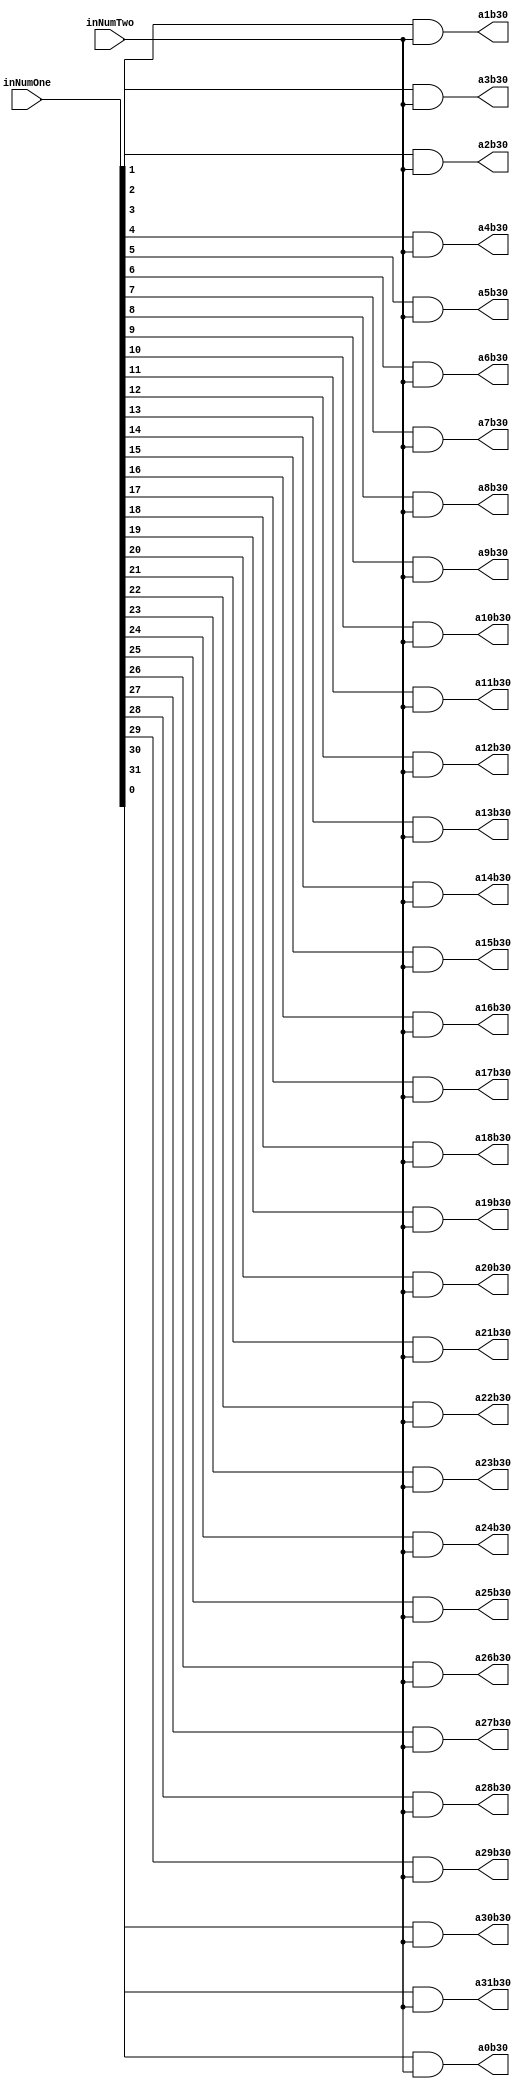
`timescale 1ns / 1ps

module PartialProductRow30(inNumOne,inNumTwo,a0b30,a1b30,a2b30,a3b30,a4b30,a5b30,a6b30,a7b30,a8b30,a9b30,a10b30,a11b30,a12b30,a13b30,a14b30,a15b30,a16b30,a17b30,a18b30,a19b30,a20b30,a21b30,a22b30,a23b30,a24b30,a25b30,a26b30,a27b30,a28b30,a29b30,a30b30,a31b30);
input [31:0] inNumOne;
input inNumTwo;
output reg a0b30,a1b30,a2b30,a3b30,a4b30,a5b30,a6b30,a7b30,a8b30,a9b30,a10b30,a11b30,a12b30,a13b30,a14b30,a15b30,a16b30,a17b30,a18b30,a19b30,a20b30,a21b30,a22b30,a23b30,a24b30,a25b30,a26b30,a27b30,a28b30,a29b30,a30b30,a31b30;

always@(inNumOne,inNumTwo)begin
	a0b30 <= inNumOne[0] & inNumTwo;
	a1b30 <= inNumOne[1] & inNumTwo;
	a2b30 <= inNumOne[2] & inNumTwo;
	a3b30 <= inNumOne[3] & inNumTwo;
	a4b30 <= inNumOne[4] & inNumTwo;
	a5b30 <= inNumOne[5] & inNumTwo;
	a6b30 <= inNumOne[6] & inNumTwo;
	a7b30 <= inNumOne[7] & inNumTwo;
	a8b30 <= inNumOne[8] & inNumTwo;
	a9b30 <= inNumOne[9] & inNumTwo;
	a10b30 <= inNumOne[10] & inNumTwo;
	a11b30 <= inNumOne[11] & inNumTwo;
	a12b30 <= inNumOne[12] & inNumTwo;
	a13b30 <= inNumOne[13] & inNumTwo;
	a14b30 <= inNumOne[14] & inNumTwo;
	a15b30 <= inNumOne[15] & inNumTwo;
	a16b30 <= inNumOne[16] & inNumTwo;
	a17b30 <= inNumOne[17] & inNumTwo;
	a18b30 <= inNumOne[18] & inNumTwo;
	a19b30 <= inNumOne[19] & inNumTwo;
	a20b30 <= inNumOne[20] & inNumTwo;
	a21b30 <= inNumOne[21] & inNumTwo;
	a22b30 <= inNumOne[22] & inNumTwo;
	a23b30 <= inNumOne[23] & inNumTwo;
	a24b30 <= inNumOne[24] & inNumTwo;
	a25b30 <= inNumOne[25] & inNumTwo;
	a26b30 <= inNumOne[26] & inNumTwo;
	a27b30 <= inNumOne[27] & inNumTwo;
	a28b30 <= inNumOne[28] & inNumTwo;
	a29b30 <= inNumOne[29] & inNumTwo;
	a30b30 <= inNumOne[30] & inNumTwo;
	a31b30 <= inNumOne[31] & inNumTwo;
end

endmodule